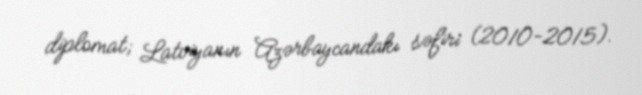
diplomat; Latviyanın Azərbaycandakı səfiri (2010-2015).